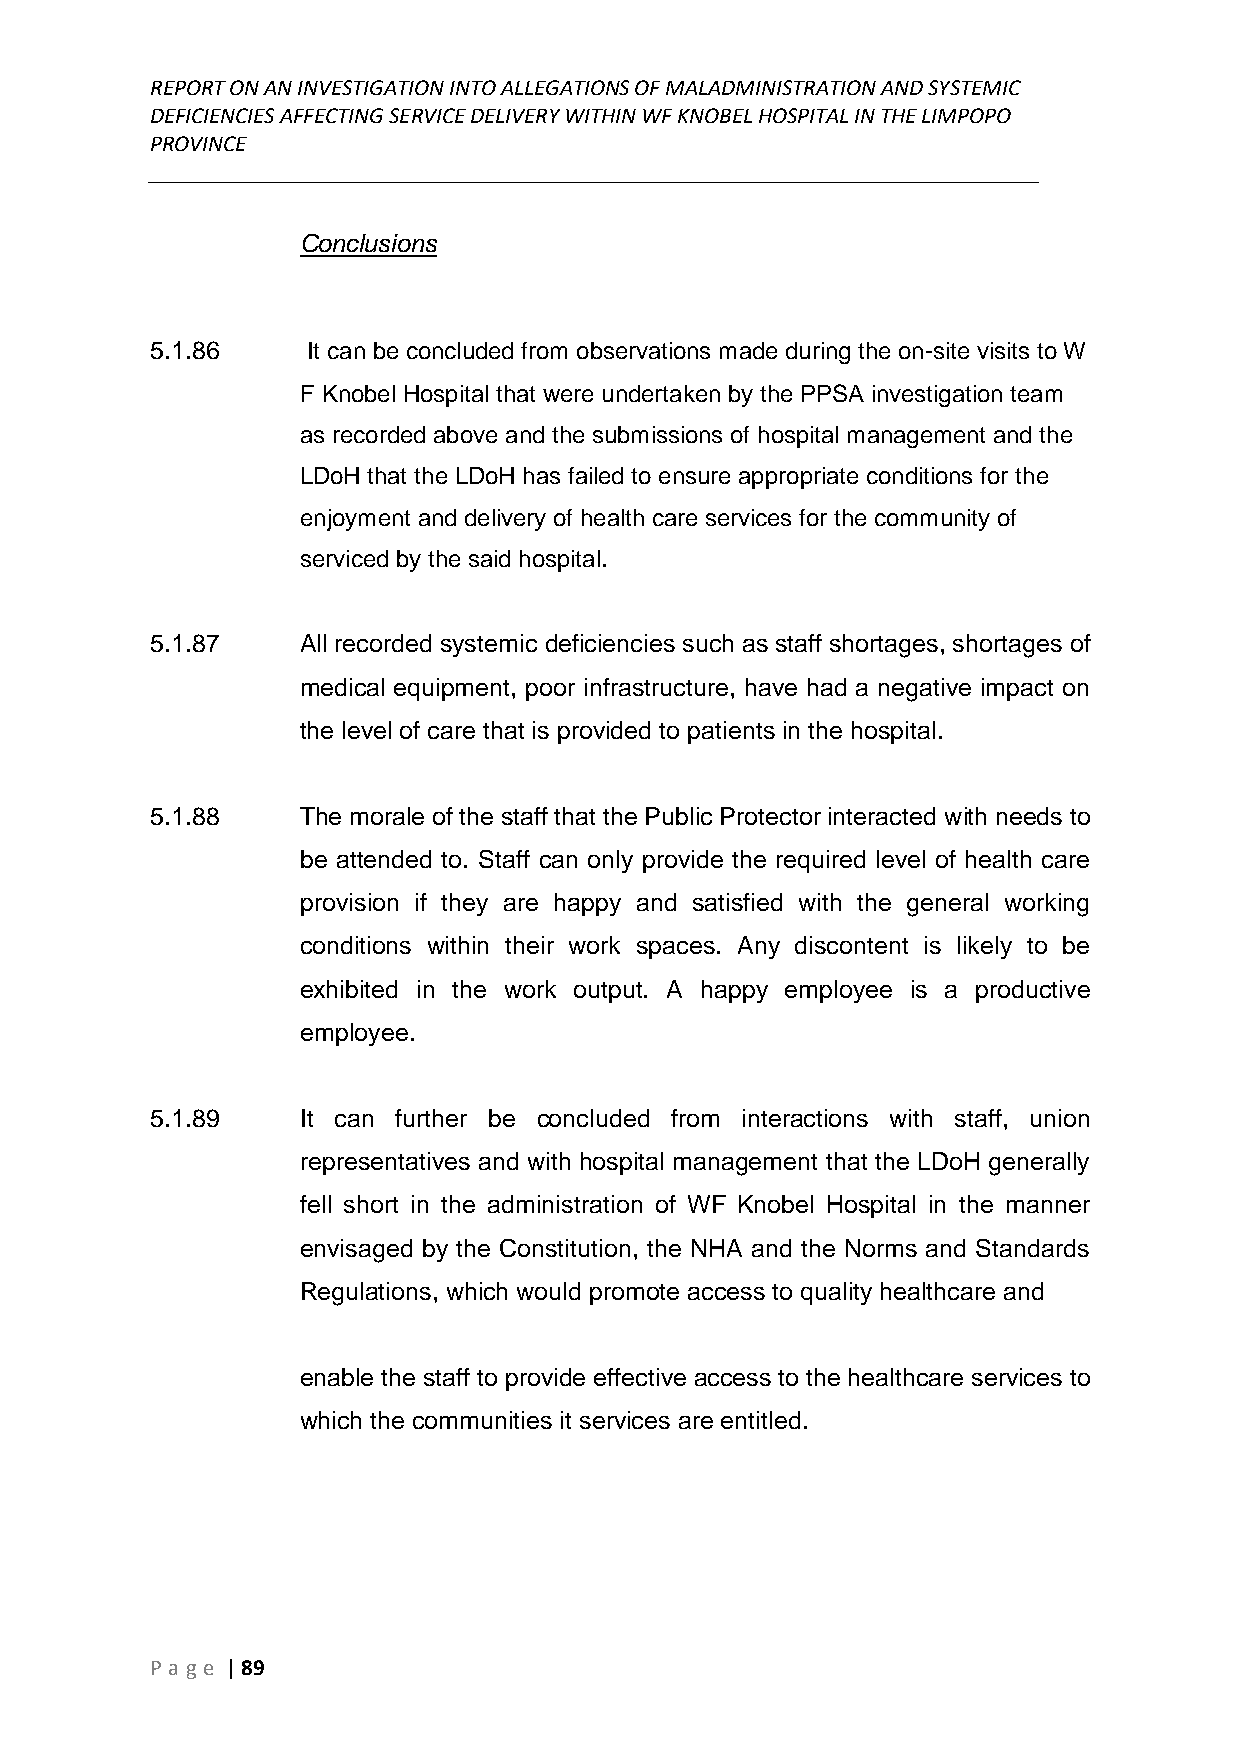
REPORT ON AN INVESTIGATION INTO ALLEGATIONS OF MALADMINISTRATION AND SYSTEMIC
 DEFICIENCIES AFFECTING SERVICE DELIVERY WITHIN WF KNOBEL HOSPITAL IN THE LIMPOPO
 PROVINCE
 ______________________________________________________________________________
 Conclusions
 5.1.86    It can be concluded from observations made during the on-site visits to W
 F Knobel Hospital that were undertaken by the PPSA investigation team
 as recorded above and the submissions of hospital management and the
 LDoH that the LDoH has failed to ensure appropriate conditions for the
 enjoyment and delivery of health care services for the community of
 serviced by the said hospital.
 5.1.87    All recorded systemic deficiencies such as staff shortages, shortages of
 medical equipment, poor infrastructure, have had a negative impact on
 the level of care that is provided to patients in the hospital.
 5.1.88    The morale of the staff that the Public Protector interacted with needs to
 be attended to. Staff can only provide the required level of health care
 provision if they are happy and satisfied with the general working
 conditions within their work spaces. Any discontent is likely to be
 exhibited in the work output. A happy employee is a productive
 employee.
 5.1.89    It can further be concluded from interactions with staff, union
 representatives and with hospital management that the LDoH generally
 fell short in the administration of WF Knobel Hospital in the manner
 envisaged by the Constitution, the NHA and the Norms and Standards
 Regulations, which would promote access to quality healthcare and
 enable the staff to provide effective access to the healthcare services to
 which the communities it services are entitled.
 P age | 89